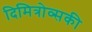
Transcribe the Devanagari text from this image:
दिमित्रोव्सकी